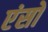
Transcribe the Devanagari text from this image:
एंसो